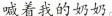
喊着我的奶奶。